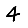
Digit: 4